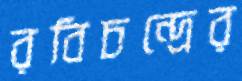
রবিচন্দ্রের